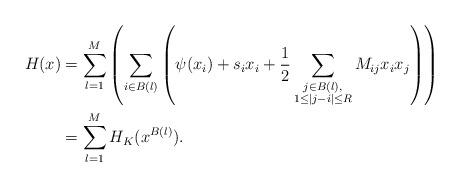
LaTeX: \begin{align*} H_{}(x) & = \sum_{l=1}^{M} \left( \sum_{i \in B(l)} \left( \psi (x_i) + s_i x_i + \frac{1}{2} \sum_{\substack{j \in B(l), \\ 1 \leq |j-i| \leq R }} M_{ij} x_i x_j \right) \right) \\ & = \sum_{l=1}^{M} H_K (x^{B(l)}).\end{align*}